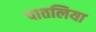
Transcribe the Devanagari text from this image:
पातलिया